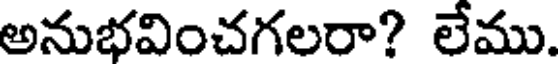
అనుభవించగలరా? లేము.